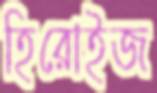
হিরোইজ